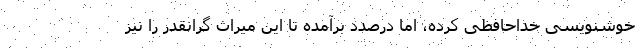
خوشنویسی خداحافظی کرده، اما درصدد برآمده تا این میراث گرانقدر را نیز